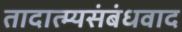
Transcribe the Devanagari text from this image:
तादात्म्यसंबंधवाद